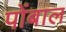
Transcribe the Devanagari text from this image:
पोंबाल